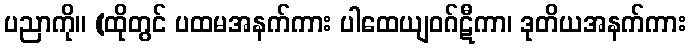
ပညာကို။ (ထိုတွင် ပထမအနက်ကား ပါထေယျဝဂ်ဋီကာ၊ ဒုတိယအနက်ကား